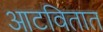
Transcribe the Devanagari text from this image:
आटवितात